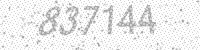
Solution: 837144